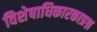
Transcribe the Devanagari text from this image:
विशेषाधिकारकाप्रश्न